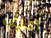
أعرف